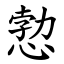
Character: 愂